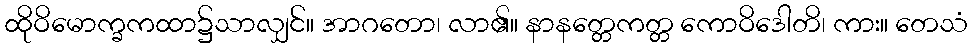
ထိုဝိမောက္ခကထာ၌သာလျှင်။ အာဂတော၊ လာ၏။ နာနတ္တေကတ္တ ကောဝိဒေါတိ၊ ကား။ တေသံ